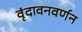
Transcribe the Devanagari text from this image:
वृंदावनवर्णन